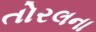
તોરલના